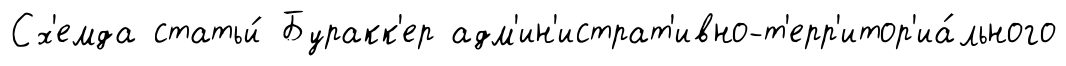
Сх'емда статьи́ Буракк'ер адм'ин'истрат'ивно-т'ерр'итор'иа́льного